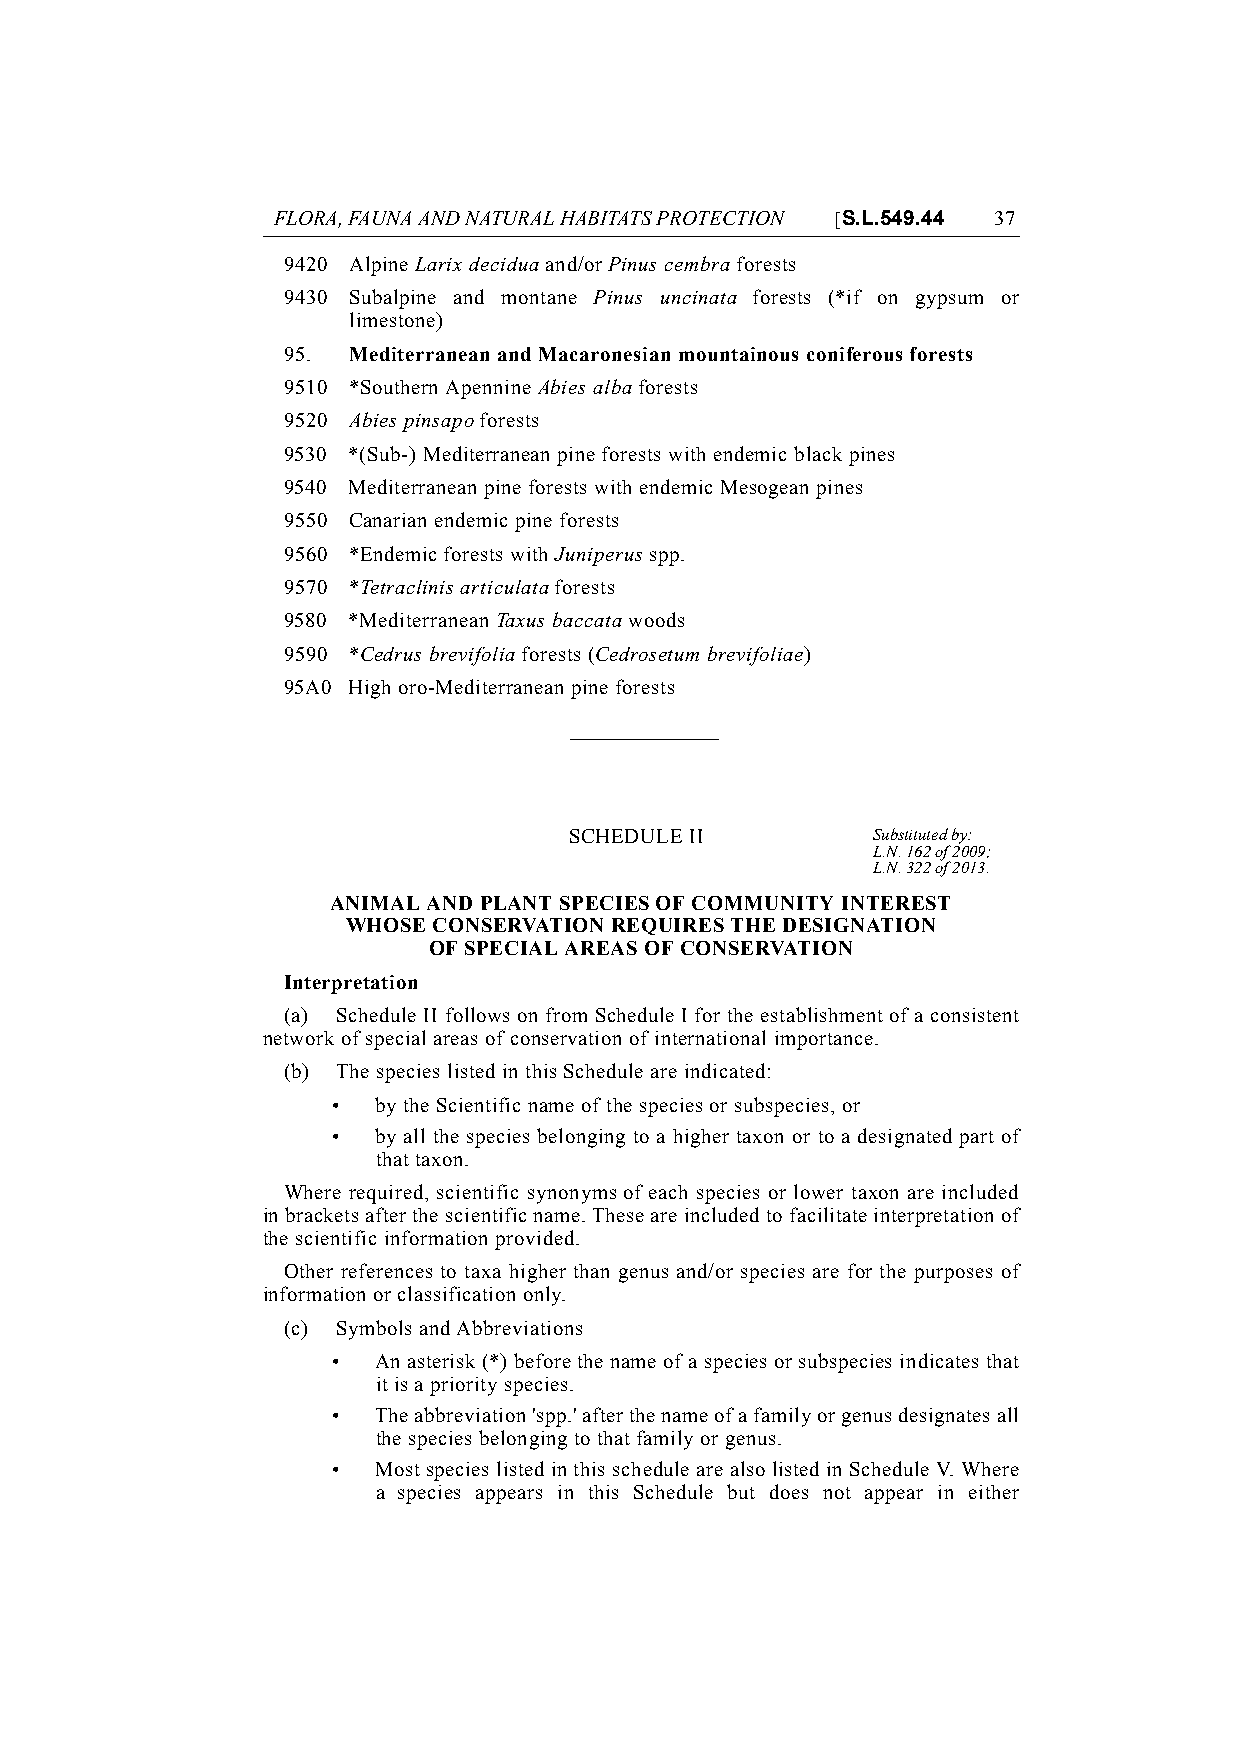
FLORA, FAUNA AND NATURAL HABITATS PROTECTION [S.L.549.44 37
 9420 Alpine Larix decidua and/or Pinus cembra forests
 9430 Subalpine and montane Pinus uncinata forests (*if on gypsum or
 limestone)
 95. Mediterranean and Macaronesian mountainous coniferous forests
 9510 *Southern Apennine Abies alba forests
 9520 Abies pinsapo forests
 9530 *(Sub-) Mediterranean pine forests with endemic black pines
 9540 Mediterranean pine forests with endemic Mesogean pines
 9550 Canarian endemic pine forests
 9560 *Endemic forests with Juniperus spp.
 9570 *Tetraclinis articulata forests
 9580 *Mediterranean Taxus baccata woods
 9590 *Cedrus brevifolia forests (Cedrosetum brevifoliae)
 95A0 High oro-Mediterranean pine forests
 SCHEDULE II         Substituted by:
 L.N. 162 of 2009;
 L.N. 322 of 2013.
 ANIMAL AND PLANT SPECIES OF COMMUNITY INTEREST
 WHOSE CONSERVATION REQUIRES THE DESIGNATION
 OF SPECIAL AREAS OF CONSERVATION
 Interpretation
 (a) Schedule II follows on from Schedule I for the establishment of a consistent
 network of special areas of conservation of international importance.
 (b) The species listed in this Schedule are indicated:
 •  by the Scientific name of the species or subspecies, or
 •  by all the species belonging to a higher taxon or to a designated part of
 that taxon.
 Where required, scientific synonyms of each species or lower taxon are included
 in brackets after the scientific name. These are included to facilitate interpretation of
 the scientific information provided.
 Other references to taxa higher than genus and/or species are for the purposes of
 information or classification only.
 (c) Symbols and Abbreviations
 •  An asterisk (*) before the name of a species or subspecies indicates that
 it is a priority species.
 •  The abbreviation 'spp.' after the name of a family or genus designates all
 the species belonging to that family or genus.
 •  Most species listed in this schedule are also listed in Schedule V. Where
 a species appears in this Schedule but does not appear in either